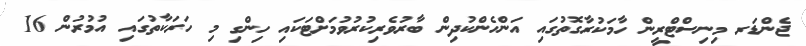
ޖެންޑަރ މިނިސްޓްރީން ހާމަކުރާގޮތުގައި އަންހެންކުދިން ބާރުވެރިކުރުވުމަށްޓަކައި ހިންގި މި ހަރަކާތުގައި އުމުރުން 16